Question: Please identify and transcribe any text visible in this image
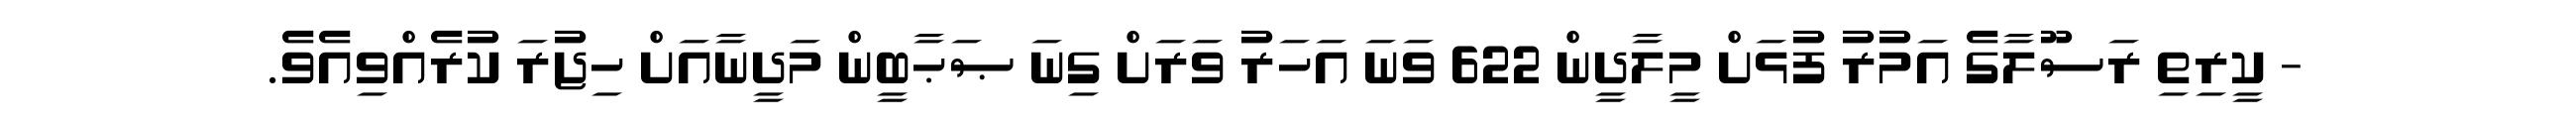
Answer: - ކީރިތި ރަސޫލާގެ އަމުރު ފުޅަށް މީލާދީން 622 ވަނަ އަހަރު ވަރަށް ގިނަ ޞަޙާބީން މަދީނާއަށް ހިޖުރަ ކުރެއްވިއެވެ.